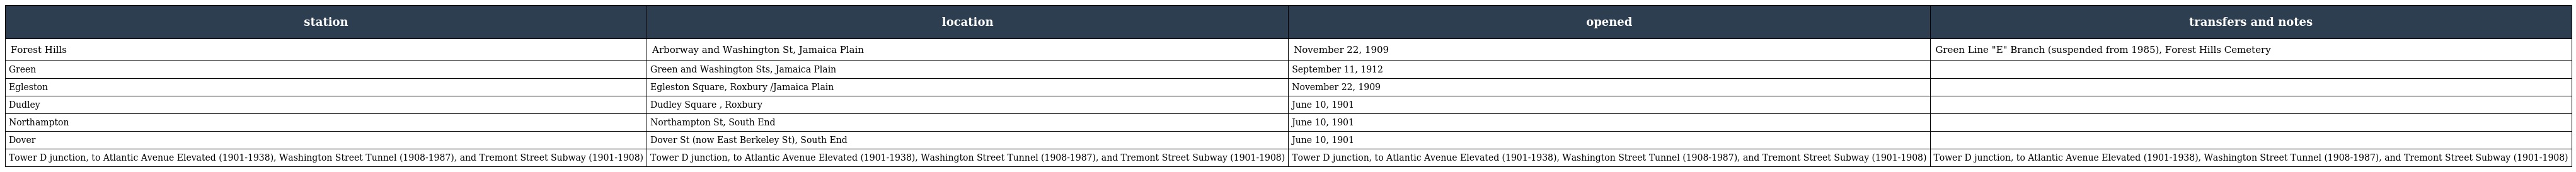
| station | location | opened | transfers and notes |
 | --- | --- | --- | --- |
 | Forest Hills | Arborway and Washington St, Jamaica Plain | November 22, 1909 | Green Line "E" Branch (suspended from 1985), Forest Hills Cemetery |
 | Green | Green and Washington Sts, Jamaica Plain | September 11, 1912 |  |
 | Egleston | Egleston Square, Roxbury /Jamaica Plain | November 22, 1909 |  |
 | Dudley | Dudley Square , Roxbury | June 10, 1901 |  |
 | Northampton | Northampton St, South End | June 10, 1901 |  |
 | Dover | Dover St (now East Berkeley St), South End | June 10, 1901 |  |
 | Tower D junction, to Atlantic Avenue Elevated (1901-1938), Washington Street Tunnel (1908-1987), and Tremont Street Subway (1901-1908) | Tower D junction, to Atlantic Avenue Elevated (1901-1938), Washington Street Tunnel (1908-1987), and Tremont Street Subway (1901-1908) | Tower D junction, to Atlantic Avenue Elevated (1901-1938), Washington Street Tunnel (1908-1987), and Tremont Street Subway (1901-1908) | Tower D junction, to Atlantic Avenue Elevated (1901-1938), Washington Street Tunnel (1908-1987), and Tremont Street Subway (1901-1908) |